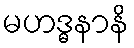
မဟဒ္ဓနာနိ